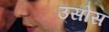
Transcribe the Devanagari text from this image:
उसोस